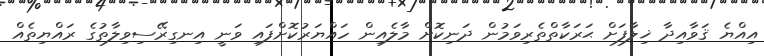
އިއްޔެ ޤަވާއިދާ ޚިލާފަށް ޙަރަކާތްތެރިވަމުން ދަނިކޮށް މާލެއިން ހައްޔަރުކޮށްފައި ވަނީ އިނގިރޭސިވިލާތުގެ ރައްޔިތެއް